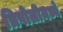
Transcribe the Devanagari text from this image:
त्रिपोलीमध्ये